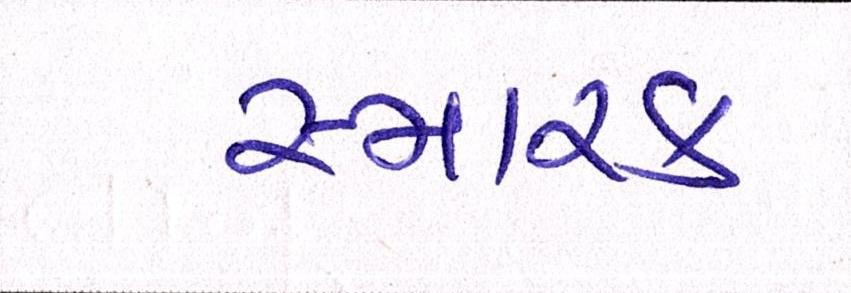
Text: સ્મારક